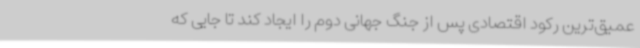
عمیق‌ترین رکود اقتصادی پس از جنگ جهانی دوم را ایجاد کند تا جایی که